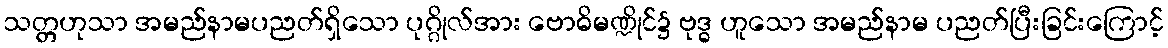
သတ္တဟုသာ အမည်နာမပညတ်ရှိသော ပုဂ္ဂိုလ်အား ဗောဓိမဏ္ဍိုင်၌ ဗုဒ္ဓ ဟူသော အမည်နာမ ပညတ်ပြီးခြင်းကြောင့်